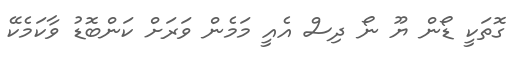
ގޮތަކީ ޑޯން ޔޫ ނޯ ދިސް އެއީ މަމެން ވަރަށް ކަންބޮޑު ވާކަމެކޭ